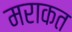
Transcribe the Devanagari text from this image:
मराकत